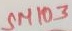
Text: SM103